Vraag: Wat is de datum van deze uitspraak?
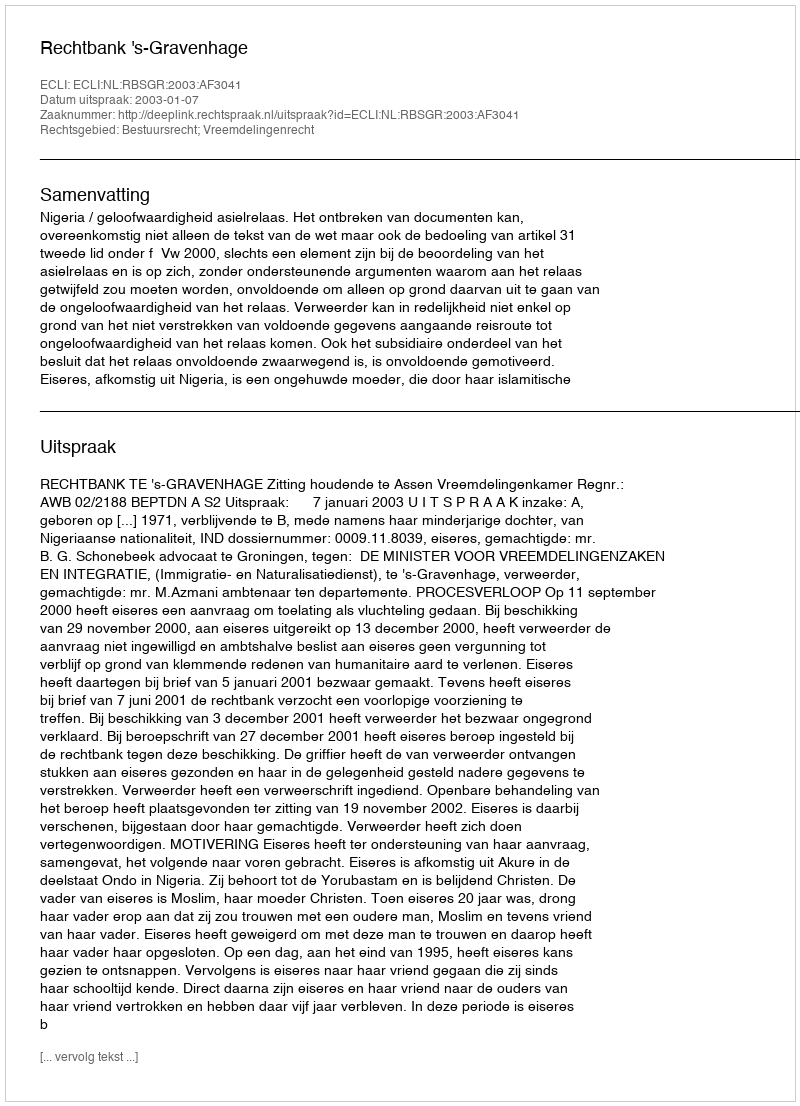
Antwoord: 2003-01-07